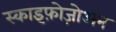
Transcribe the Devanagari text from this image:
स्काइफ़ोज़ोअन